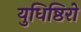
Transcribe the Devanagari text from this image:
युधिष्ठिरो